Annual report of the Punjab Veterinary College and of the Civil Veterinary Department, Punjab - 1926-1932
Year: 1926
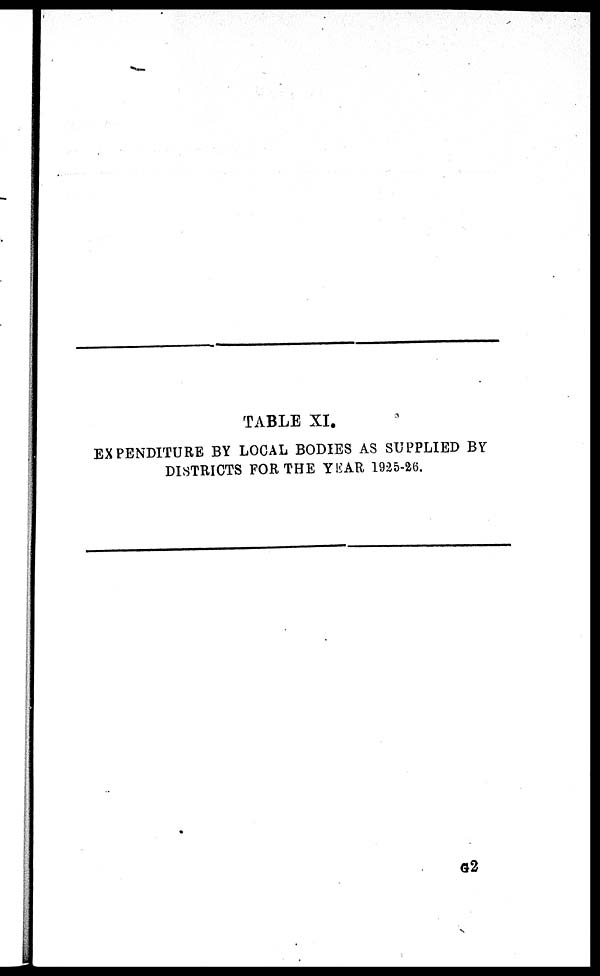
TABLE XI.
EXPENDITURE BY LOCAL BODIES AS SUPPLIED BY
DISTRICTS FOR THE YEAR 1925-26.